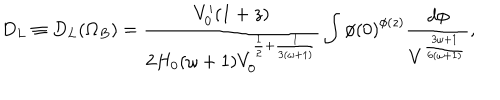
D _ { L } \equiv D _ { L } ( \Omega _ { B } ) = \frac { V _ { 0 } ^ { \prime } ( 1 + z ) } { 2 H _ { 0 } ( \omega + 1 ) V _ { 0 } ^ { \frac { 1 } { 2 } + \frac { 1 } { 3 ( \omega + 1 ) } } } \int { \phi ( 0 ) } ^ { \phi ( z ) } \frac { d \phi } { V ^ { \frac { 3 \omega + 1 } { 6 ( \omega + 1 ) } } } ,